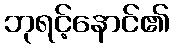
ဘုရင့်နောင်၏